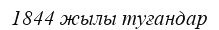
1844 жылы туғандар